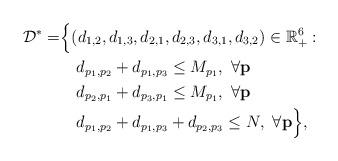
LaTeX: \begin{align*}{\cal D}^{*}=&\Big\{(d_{1,2},d_{1,3},d_{2,1},d_{2,3},d_{3,1},d_{3,2}) \in \mathbb{R}_{+}^6:\\&~~~d_{p_1,p_2}+d_{p_1,p_3} \leq M_{p_1},~\forall {\bf p} \\&~~~d_{p_2,p_1}+d_{p_3,p_1} \leq M_{p_1},~\forall {\bf p} \\&~~~d_{p_1,p_2}+d_{p_1,p_3}+d_{p_2,p_3} \leq N,~\forall {\bf p}\Big\},\end{align*}